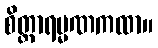
စိတ္တာရမ္မဏကထာ။